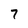
Character: 7